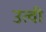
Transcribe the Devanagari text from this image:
उत्वी